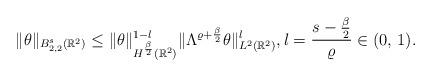
LaTeX: \begin{align*}\|\theta\|_{ {B}_{2,2}^{s}(\mathbb{R}^{2})}\leq\|\theta\|_{H^{\frac{\beta}{2}}(\mathbb{R}^{2})}^{1-l}\|\Lambda^{\varrho+\frac{\beta}{2}}\theta\|_{L^{2}(\mathbb{R}^{2})}^{l},l=\frac{s-\frac{\beta}{2}}{\varrho}\in (0,\,1).\end{align*}